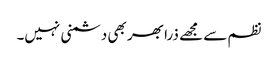
نظم سے مجھے ذرا بھر بھی دشمنی نہیں۔